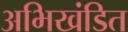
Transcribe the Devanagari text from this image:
अभिखंडित